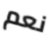
نعم